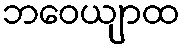
ဘဝေယျာထ